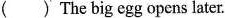
( )The big egg opens later.